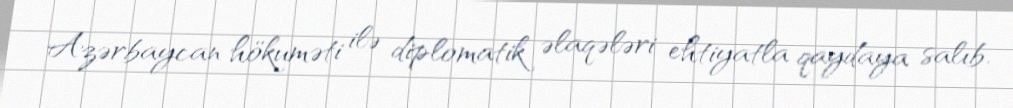
Azərbaycan hökuməti ilə diplomatik əlaqələri ehtiyatla qaydaya salıb.